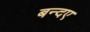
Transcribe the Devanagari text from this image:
बन्दए